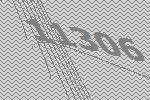
11306